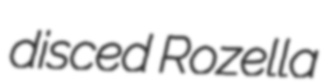
disced Rozella